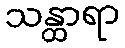
သန္ထာရာ